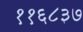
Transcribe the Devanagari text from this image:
११६८३७